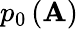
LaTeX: p_{0}\left(\mathbf{A}\right)